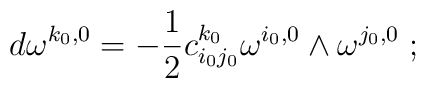
d \omega^{k_0 , 0} = - \frac{1}{2} c_{i_0 j_0}^{k_0} \omega^{i_0 ,0} \wedge \omega^{j_0 , 0} \; ;